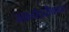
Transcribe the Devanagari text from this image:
अभ्यंतरीकरण